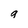
Character: g